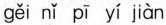
gěi nǐ pī yí jiàn